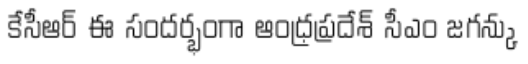
కేసీఆర్ ఈ సందర్భంగా ఆంధ్రప్రదేశ్ సీఎం జగన్కు